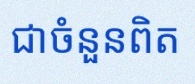
សន្មតថា x ជាចំនួនពិត